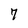
Character: 7